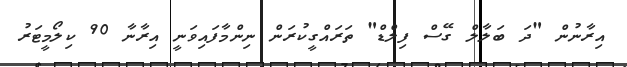
އިރާނުން "ދަ ބަލާލް ގޭސް ފިލްޑް" ތަރައްގީކުރަން ނިންމާފައިވަނީ އިރާނާ 90 ކިލޯމީޓަރު